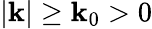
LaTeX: |\mathbf{k}|\geq\mathbf{k}_{0}>0